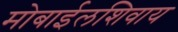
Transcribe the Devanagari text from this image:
मोबाईलशिवाय